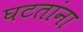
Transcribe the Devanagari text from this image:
घटतांना